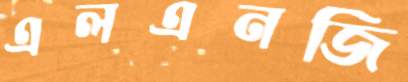
এলএনজি